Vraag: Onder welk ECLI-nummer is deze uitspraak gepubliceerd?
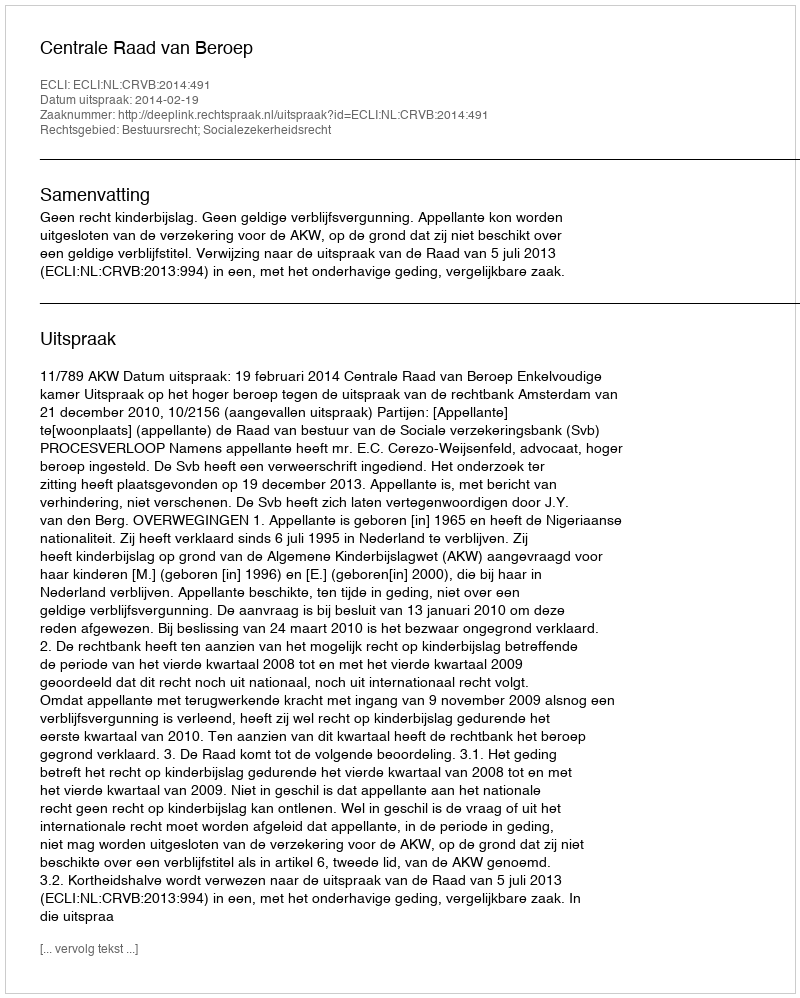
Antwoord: ECLI:NL:CRVB:2014:491